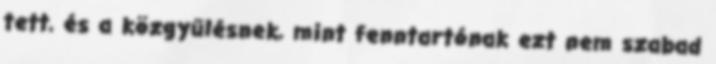
tett, és a közgyűlésnek, mint fenntartónak ezt nem szabad